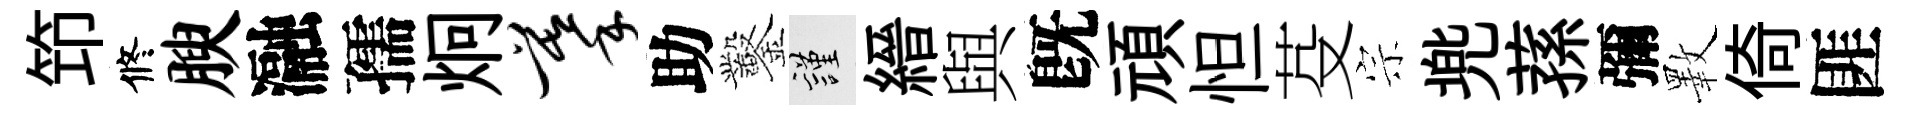
笻修腴瀜孺炯摹助鑿謹縉與旣頑怛芟宗兠蓀彌斁倚匪